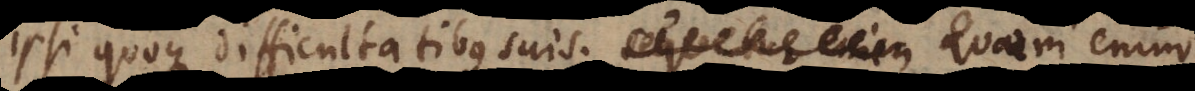
ipsi quoque difficultatibus suis. Sequetur enim